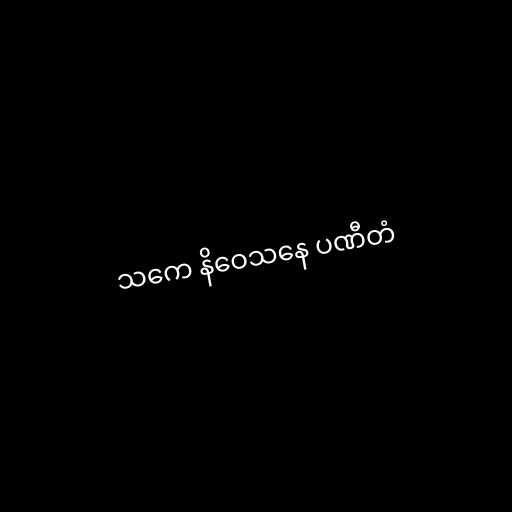
သကေ နိဝေသနေ ပဏီတံ